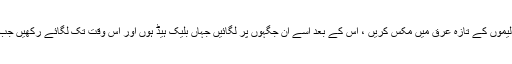
اگر چہرے پر بلیک ہیڈ سے پریشان ہیں تو بیکنگ سوڈا کی کچھ مقدار کو لیموں کے تازہ عرق میں مکس کریں ، اس کے بعد اسے ان جگہوں پر لگائیں جہاں بلیک ہیڈ ہوں اور اس وقت تک لگائے رکھیں جب تک وپ اکڑ نہیں جاتا، جس کے بعد دھو لیں اور پھر موسچرائزر لگائیں۔